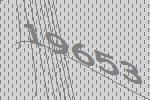
19653